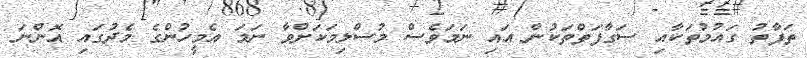
ތަފާތު ގައުމުތަކާއި ސަގާފަތްތަކުން އައި ނަމަވެސް މުސްލިމަކަށްވާ ނަމަ އެމީހުންގެ މެދުގައި އޮންނަ